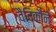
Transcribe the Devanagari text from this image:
वैदिकौंने